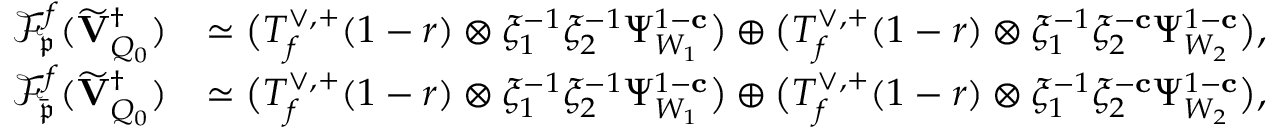
\begin{array} { r l } { \mathscr { F } _ { \mathfrak { p } } ^ { { \boldsymbol { f } } } ( \widetilde { \mathbf { V } } _ { Q _ { 0 } } ^ { \dagger } ) } & { \simeq \bigl ( T _ { f } ^ { \vee , + } ( 1 - r ) \otimes \xi _ { 1 } ^ { - 1 } \xi _ { 2 } ^ { - 1 } \Psi _ { W _ { 1 } } ^ { 1 - \mathbf { c } } \bigr ) \oplus \bigl ( T _ { f } ^ { \vee , + } ( 1 - r ) \otimes \xi _ { 1 } ^ { - 1 } \xi _ { 2 } ^ { - \mathbf { c } } \Psi _ { W _ { 2 } } ^ { 1 - \mathbf { c } } \bigr ) , } \\ { \mathscr { F } _ { \bar { \mathfrak { p } } } ^ { { \boldsymbol { f } } } ( \widetilde { \mathbf { V } } _ { Q _ { 0 } } ^ { \dagger } ) } & { \simeq \bigl ( T _ { f } ^ { \vee , + } ( 1 - r ) \otimes \xi _ { 1 } ^ { - 1 } \xi _ { 2 } ^ { - 1 } \Psi _ { W _ { 1 } } ^ { 1 - \mathbf { c } } \bigr ) \oplus \bigl ( T _ { f } ^ { \vee , + } ( 1 - r ) \otimes \xi _ { 1 } ^ { - 1 } \xi _ { 2 } ^ { - \mathbf { c } } \Psi _ { W _ { 2 } } ^ { 1 - \mathbf { c } } \bigr ) , } \end{array}